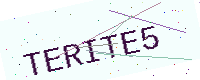
Text: TERITE5